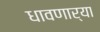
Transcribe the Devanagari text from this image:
धावणार्या